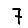
Digit: 7